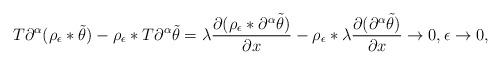
LaTeX: \begin{align*}T\partial^\alpha(\rho_\epsilon*\tilde\theta) - \rho_\epsilon*T\partial^\alpha\tilde\theta = \lambda\frac{\partial (\rho_\epsilon*\partial^\alpha\tilde\theta)}{\partial x} - \rho_\epsilon*\lambda\frac{\partial(\partial^\alpha\tilde\theta)}{\partial x} \rightarrow 0,\epsilon\rightarrow 0,\end{align*}